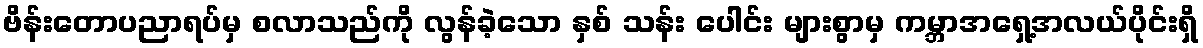
ဗိန်းတောပညာရပ်မှ စလာသည်ကို လွန်ခဲ့သော နှစ် သန်း ပေါင်း များစွာမှ ကမ္ဘာအရှေ့အလယ်ပိုင်းရှိ